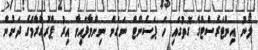
ލޯނު އިންޓަރެސްޓްގެ ގޮތުގައި ހަ ޕަސެންޓް ނަގަން ނިންމާފައިވާ އިރު ޕްރޮގްރާމްގެ ދަށުން